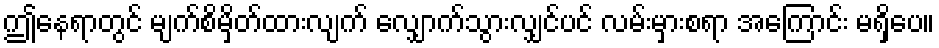
ဤနေရာတွင် မျက်စိမှိတ်ထားလျက် လျှောက်သွားလျှင်ပင် လမ်းမှားစရာ အကြောင်း မရှိပေ။